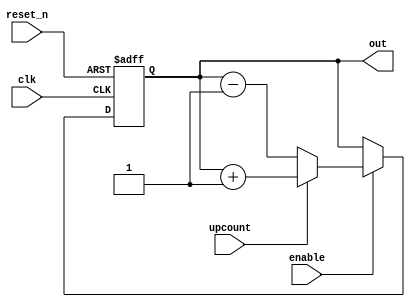
module UpDownCounter
(
    input clk, reset_n, upcount, enable,
    output reg [4:0] out
);

    always @(posedge clk or negedge reset_n) begin
        if (!reset_n)
            out <= 0;
        else if (enable) begin
            if (upcount)
                out <= out + 1;
            else
                out <= out - 1;
        end
    end

endmodule